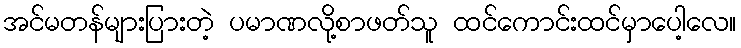
အင်မတန်များပြားတဲ့ ပမာဏလို့စာဖတ်သူ ထင်ကောင်းထင်မှာပေါ့လေ။